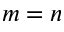
m = n